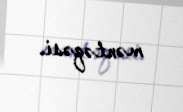
məntəqəsi.